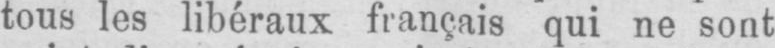
tous les libéraux français qui ne sont